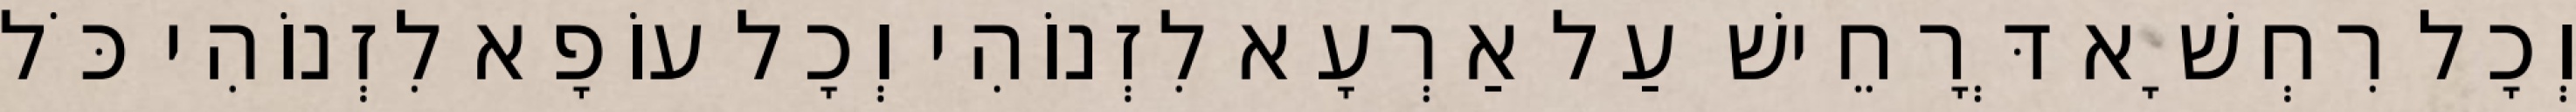
וְכָל רִחְשָׁא דְּרָחֵישׁ עַל אַרְעָא לִזְנוֹהִי וְכָל עוֹפָא לִזְנוֹהִי כֹּל